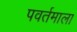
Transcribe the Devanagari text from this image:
पवर्तमाला